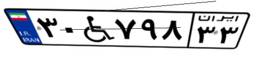
۳۰W۷۹۸۳۳